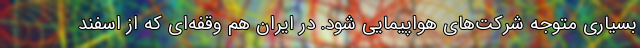
بسیاری متوجه شرکت‌های هواپیمایی شود. در ایران هم وقفه‌ای که از اسفند